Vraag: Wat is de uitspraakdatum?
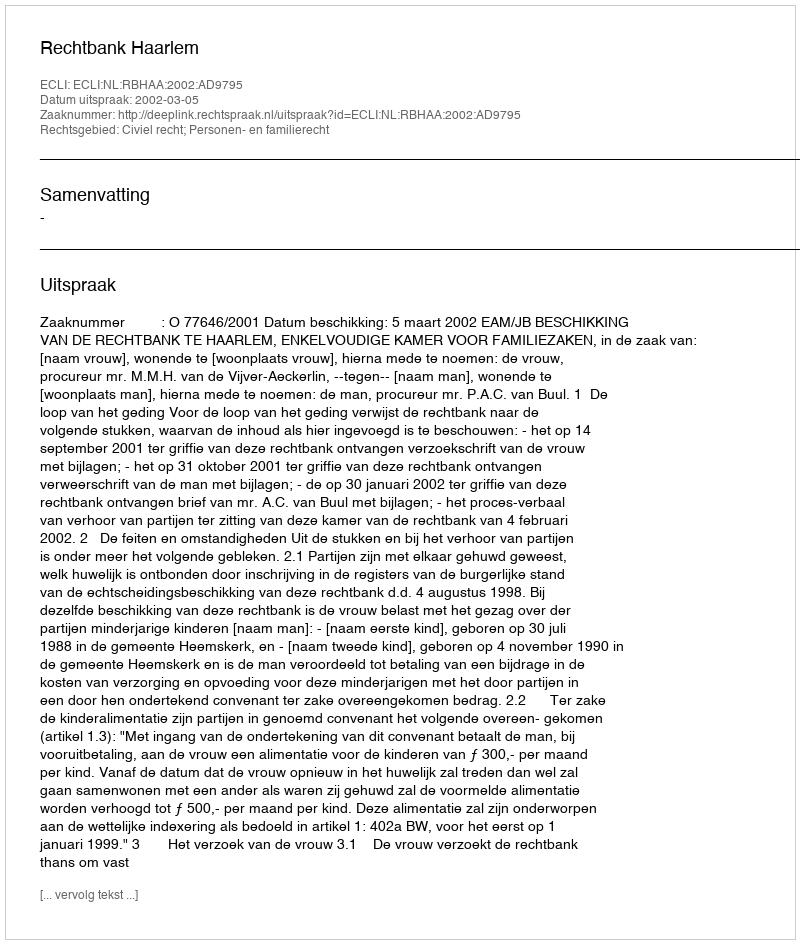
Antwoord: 2002-03-05